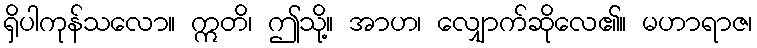
ရှိပါကုန်သလော။ ဣတိ၊ ဤသို့။ အာဟ၊ လျှောက်ဆိုလေ၏။ မဟာရာဇ၊